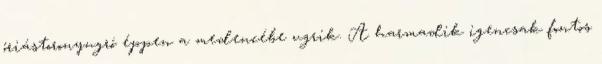
óriástoronyugró éppen a medencébe ugrik. A harmadik igencsak fontos